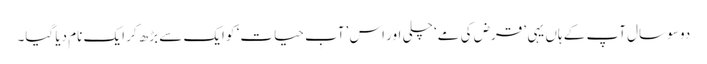
دو سو سال آپ کے ہاں یہی ’قرض کی مے‘ چلی اور اس ’آبِ حیات‘ کو ایک سے بڑھ کر ایک نام دیا گیا۔